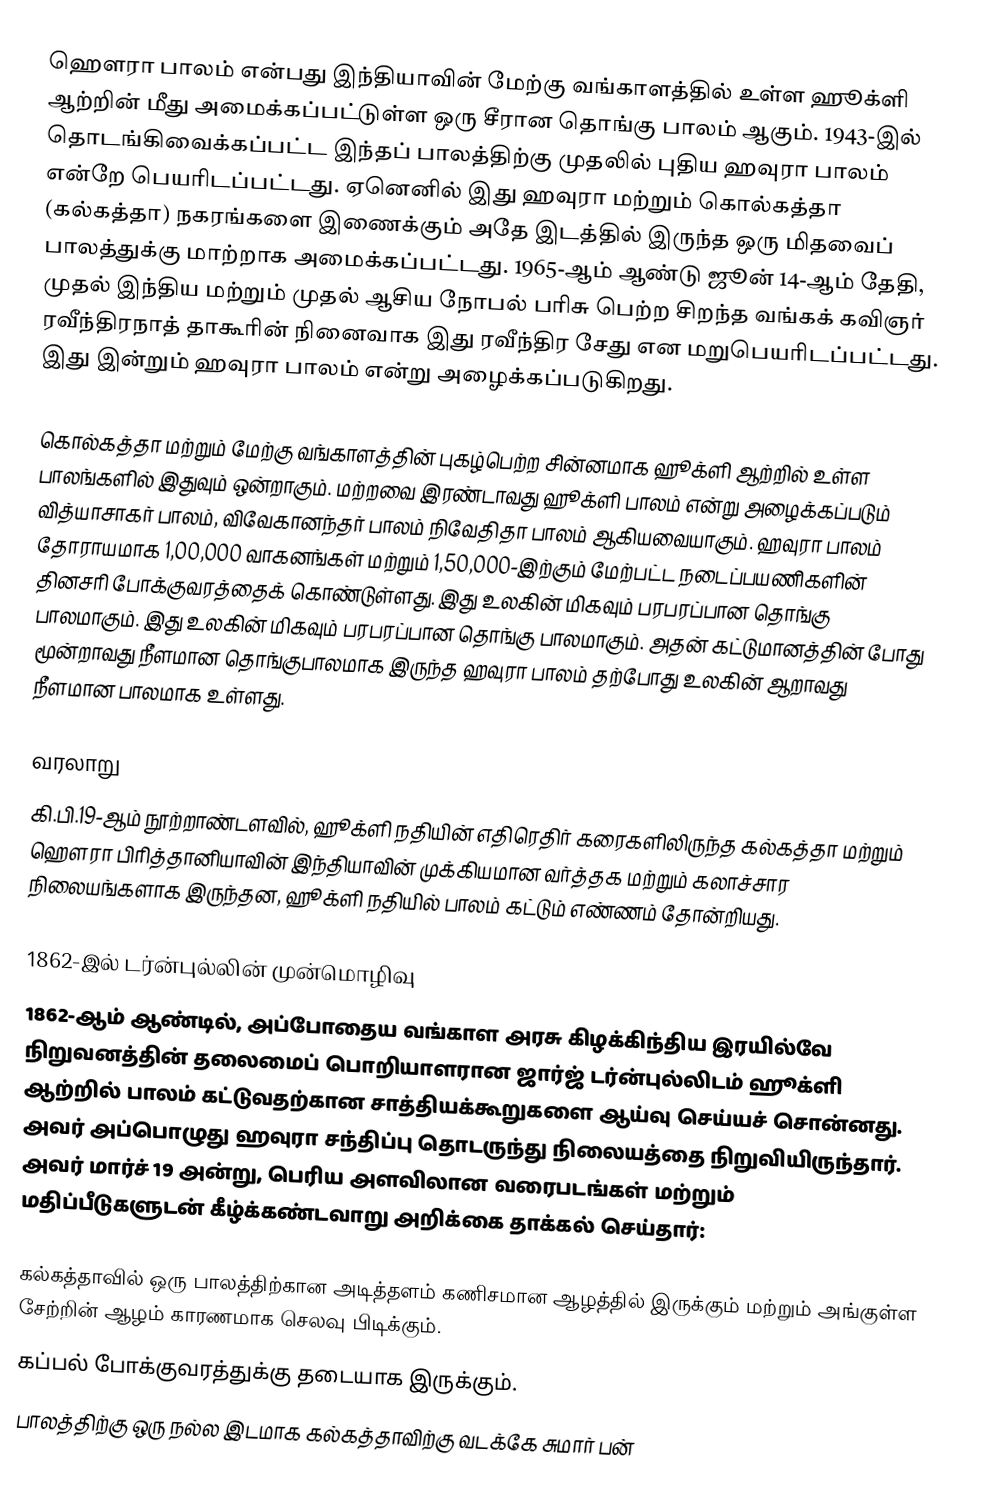
ஹௌரா பாலம் என்பது இந்தியாவின் மேற்கு வங்காளத்தில் உள்ள ஹூக்ளி ஆற்றின் மீது அமைக்கப்பட்டுள்ள ஒரு சீரான தொங்கு பாலம் ஆகும். 1943-இல் தொடங்கிவைக்கப்பட்ட இந்தப் பாலத்திற்கு முதலில் புதிய ஹவுரா பாலம் என்றே பெயரிடப்பட்டது. ஏனெனில் இது ஹவுரா மற்றும் கொல்கத்தா (கல்கத்தா) நகரங்களை இணைக்கும் அதே இடத்தில் இருந்த ஒரு மிதவைப் பாலத்துக்கு மாற்றாக அமைக்கப்பட்டது. 1965-ஆம் ஆண்டு ஜூன் 14-ஆம் தேதி, முதல் இந்திய மற்றும் முதல் ஆசிய நோபல் பரிசு பெற்ற சிறந்த வங்கக் கவிஞர் ரவீந்திரநாத் தாகூரின் நினைவாக இது ரவீந்திர சேது என மறுபெயரிடப்பட்டது. இது இன்றும் ஹவுரா பாலம் என்று அழைக்கப்படுகிறது.

கொல்கத்தா மற்றும் மேற்கு வங்காளத்தின் புகழ்பெற்ற சின்னமாக ஹூக்ளி ஆற்றில் உள்ள பாலங்களில் இதுவும் ஒன்றாகும். மற்றவை இரண்டாவது ஹூக்ளி பாலம் என்று அழைக்கப்படும் வித்யாசாகர் பாலம், விவேகானந்தர் பாலம் நிவேதிதா பாலம் ஆகியவையாகும். ஹவுரா பாலம் தோராயமாக 1,00,000 வாகனங்கள் மற்றும் 1,50,000-இற்கும் மேற்பட்ட நடைப்பயணிகளின் தினசரி போக்குவரத்தைக் கொண்டுள்ளது. இது உலகின் மிகவும் பரபரப்பான தொங்கு பாலமாகும். இது உலகின் மிகவும் பரபரப்பான தொங்கு பாலமாகும். அதன் கட்டுமானத்தின் போது மூன்றாவது நீளமான தொங்குபாலமாக இருந்த ஹவுரா பாலம் தற்போது உலகின் ஆறாவது நீளமான பாலமாக உள்ளது.

வரலாறு
கி.பி.19-ஆம் நூற்றாண்டளவில், ஹூக்ளி நதியின் எதிரெதிர் கரைகளிலிருந்த கல்கத்தா மற்றும் ஹௌரா பிரித்தானியாவின் இந்தியாவின் முக்கியமான வர்த்தக மற்றும் கலாச்சார நிலையங்களாக இருந்தன, ஹூக்ளி நதியில் பாலம் கட்டும் எண்ணம் தோன்றியது.

1862-இல் டர்ன்புல்லின் முன்மொழிவு
1862-ஆம் ஆண்டில், அப்போதைய வங்காள அரசு கிழக்கிந்திய இரயில்வே நிறுவனத்தின் தலைமைப் பொறியாளரான ஜார்ஜ் டர்ன்புல்லிடம் ஹூக்ளி ஆற்றில் பாலம் கட்டுவதற்கான சாத்தியக்கூறுகளை ஆய்வு செய்யச் சொன்னது. அவர் அப்பொழுது ஹவுரா சந்திப்பு தொடருந்து நிலையத்தை நிறுவியிருந்தார். அவர் மார்ச் 19 அன்று, பெரிய அளவிலான வரைபடங்கள் மற்றும் மதிப்பீடுகளுடன் கீழ்க்கண்டவாறு அறிக்கை தாக்கல் செய்தார்:

 கல்கத்தாவில் ஒரு பாலத்திற்கான அடித்தளம் கணிசமான ஆழத்தில் இருக்கும் மற்றும் அங்குள்ள சேற்றின் ஆழம் காரணமாக செலவு பிடிக்கும்.
 கப்பல் போக்குவரத்துக்கு தடையாக இருக்கும்.
 பாலத்திற்கு ஒரு நல்ல இடமாக கல்கத்தாவிற்கு வடக்கே சுமார் பன்